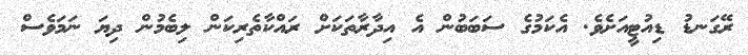
ރޭގަނޑު ޑިއުޓީއަށެވެ. އެކަމުގެ ސަބަބުން އެ އިދާރާތަކަށް ރައްކާތެރިކަން ލިބެމުން ދިޔަ ނަމަވެސް